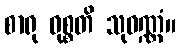
စာရု ဝုစ္စတိ သုဝဏ္ဏံ။